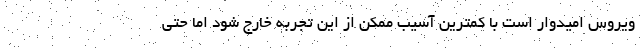
ویروس امیدوار است با کمترین آسیب ممکن از این تجربه خارج شود اما حتی